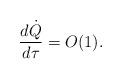
LaTeX: \begin{align*}\frac{d \dot Q}{d \tau} = O(1).\end{align*}